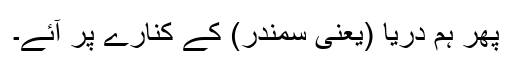
پھر ہم دریا (یعنی سمندر) کے کنارے پر آئے۔